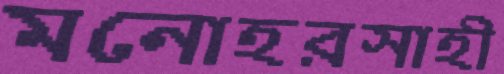
মনোহরসাহী